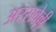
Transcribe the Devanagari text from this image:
अरसवेल्ली